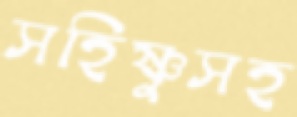
সহিষ্ণুসহ